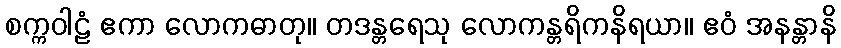
စက္ကဝါဠံ ဧကာ လောကဓာတု။ တဒန္တရေသု လောကန္တရိကနိရယာ။ ဧဝံ အနန္တာနိ